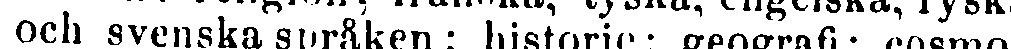
och svenska språken ; historie ; geografi; cosmo-